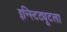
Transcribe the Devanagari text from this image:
इन्स्टिट्यूटला